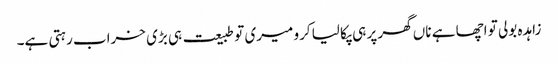
زاہدہ بولی تو اچھا ہے ناں گھر پر ہی پکا لیا کرو میری تو طبیعت ہی بڑی خراب رہتی ہے۔